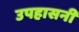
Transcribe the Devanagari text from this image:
उपहासनी